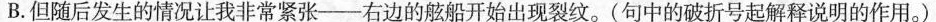
B.但随后发生的情况让我非常紧张-右边的舷船开始出现裂纹。(句中的破折号起解释说明的作用。)